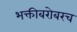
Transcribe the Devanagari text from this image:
भक्तीबरोबरच